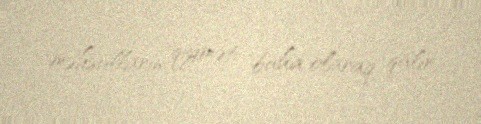
məhsulların qiyməti baha olaraq qalır.